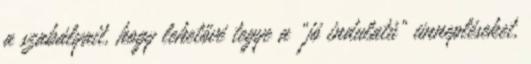
a szabályait, hogy lehetővé tegye a „jó indulatú” ünnepléseket,